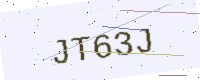
Text: JT63J